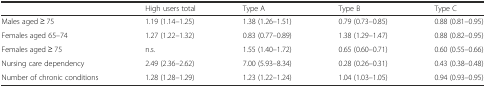
|  | High users total | Type A | Type B | Type C |
 | --- | --- | --- | --- | --- |
 | Males aged ≥ 75 | 1.19(1.14–1.25) | 1.38(1.26–1.51) | 0.79(0.73–0.85) | 0.88(0.81–0.95) |
 | Females aged 65–74 | 1.27(1.22–1.32) | 0.83(0.77–0.89) | 1.38(1.29–1.47) | 0.88(0.82–0.95) |
 | Females aged ≥ 75 | n.s. | 1.55(1.40–1.72) | 0.65(0.60–0.71) | 0.60(0.55–0.66) |
 | Nursing care dependency | 2.49(2.36–2.62) | 7.00(5.93–8.34) | 0.28(0.26–0.31) | 0.43(0.38–0.48) |
 | Number of chronic conditions | 1.28(1.28–1.29) | 1.23(1.22–1.24) | 1.04(1.03–1.05) | 0.94(0.93–0.95) |